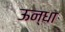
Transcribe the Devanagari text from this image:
ऊन्धा